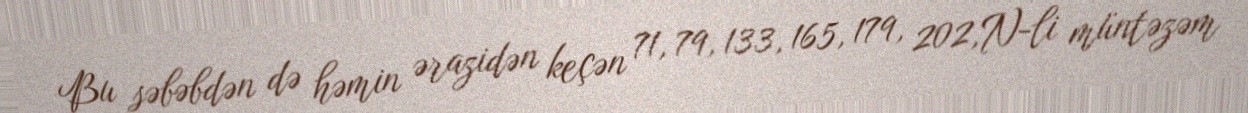
Bu səbəbdən də həmin ərazidən keçən 71, 79, 133, 165, 179, 202,N-li müntəzəm